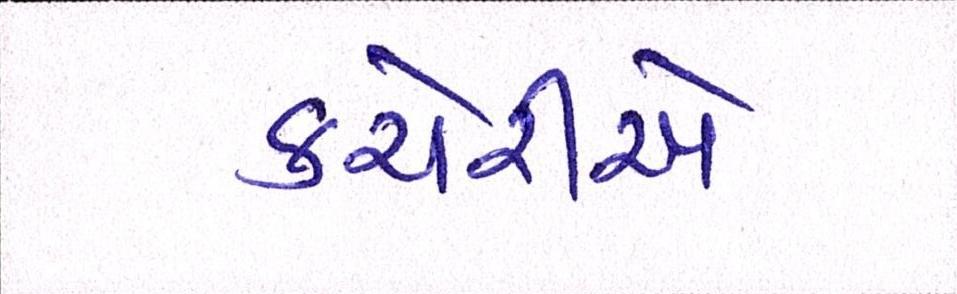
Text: કચેરીએ